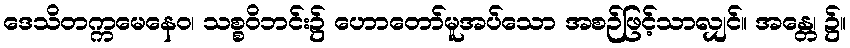
ဒေသိတက္ကမေနေဝ၊ သစ္စဝိဘင်း၌ ဟောတော်မူအပ်သော အစဉ်ဖြင့်သာလျှင်။ အန္တေ၊ ၌။